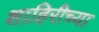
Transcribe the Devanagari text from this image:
शाहिरीच्या